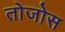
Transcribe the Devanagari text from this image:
तोजोस